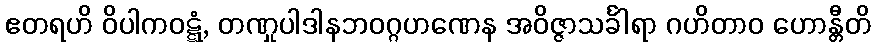
ဧတရဟိ ဝိပါကဝဋ္ဋံ, တဏှုပါဒါနဘဝဂ္ဂဟဏေန အဝိဇ္ဇာသင်္ခါရာ ဂဟိတာဝ ဟောန္တီတိ